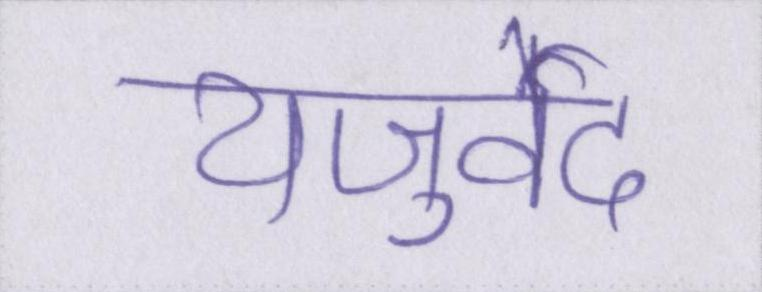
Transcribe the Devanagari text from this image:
यजुर्वेद